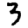
Digit: 3